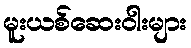
မူးယစ်ဆေးဝါးများ